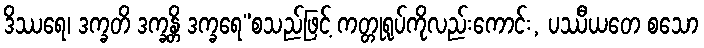
ဒိဿရေ၊ ဒက္ခတိ ဒက္ခန္တိ ဒက္ခရေ”စသည်ဖြင့် ကတ္တုရုပ်ကိုလည်းကောင်း, ပဿီယတေ စသော